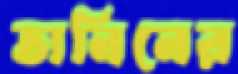
তানিনের